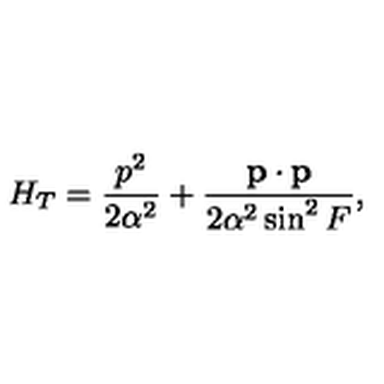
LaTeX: H _ { T } = \frac { p ^ { 2 } } { 2 \alpha ^ { 2 } } + \frac { { \bf p \cdot p } } { 2 \alpha ^ { 2 } \sin ^ { 2 } F } ,